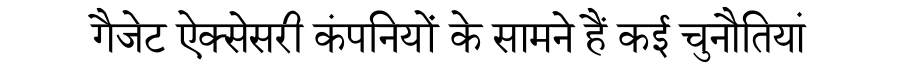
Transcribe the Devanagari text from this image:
गैजेट ऐक्सेसरी कंपनियों के सामने हैं कई चुनौतियां